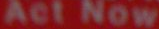
Act Now